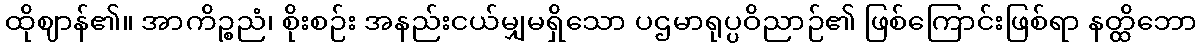
ထိုဈာန်၏။ အာကိဉ္စညံ၊ စိုးစဉ်း အနည်းငယ်မျှမရှိသော ပဌမာရုပ္ပဝိညာဉ်၏ ဖြစ်ကြောင်းဖြစ်ရာ နတ္ထိဘော